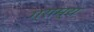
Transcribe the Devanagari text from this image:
ग्राम्‍य